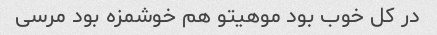
در کل خوب بود موهیتو هم خوشمزه بود مرسی